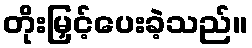
တိုးမြှင့်ပေးခဲ့သည်။